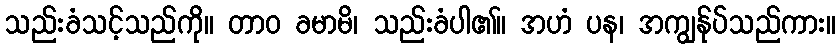
သည်းခံသင့်သည်ကို။ တာဝ ခမာမိ၊ သည်းခံပါ၏။ အဟံ ပန၊ အကျွန်ုပ်သည်ကား။